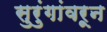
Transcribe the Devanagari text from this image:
सुरुंगांवरून